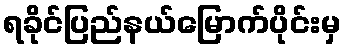
ရခိုင်ပြည်နယ်မြောက်ပိုင်းမှ